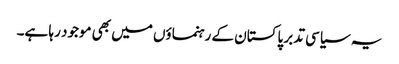
یہ سیاسی تدبر پاکستان کے رہنماؤں میں بھی موجود رہا ہے۔